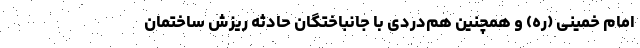
امام خمینی (ره) و همچنین هم‌دردی با جانباختگان حادثه ریزش ساختمان